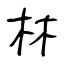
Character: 林